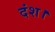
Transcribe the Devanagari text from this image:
दंश।